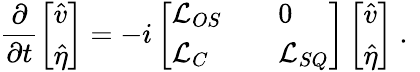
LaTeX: \frac{\partial}{\partial t}\left[\begin{array}{l}{\hat{v}}\\ {\hat{\eta}}\end{array}\right]=-i\left[\begin{array}{lll}{\mathcal{L}_{OS}}&{}&{0}\\ {\mathcal{L}_{C}}&{}&{\mathcal{L}_{SQ}}\end{array}\right]\left[\begin{array}{l}{\hat{v}}\\ {\hat{\eta}}\end{array}\right]\mathrm{~.~}